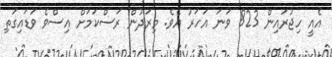
އެއީ ހިޖުރައިން 823 ވަނަ އަހަރު އެވެ. މިރަދުން ރަސްކަމަށް އިސްވެ ވަޑައިގަތި